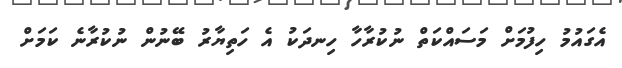
އެގައުމު ހިފުމަށް މަސައްކަތް ނުކުރާހާ ހިނދަކު އެ ހަތިޔާރު ބޭނުން ނުކުރާނެ ކަމަށް